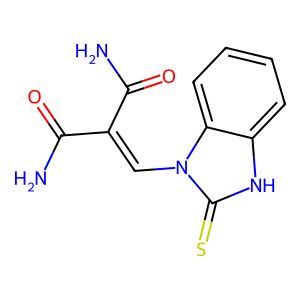
SMILES: NC(=O)C(=Cn1c(=S)[nH]c2ccccc21)C(N)=O
Inhibits HIV replication: No